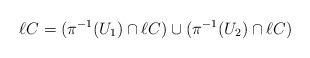
LaTeX: \begin{align*}\ell C = (\pi^{-1}(U_1) \cap \ell C) \cup (\pi^{-1}(U_2) \cap \ell C)\end{align*}